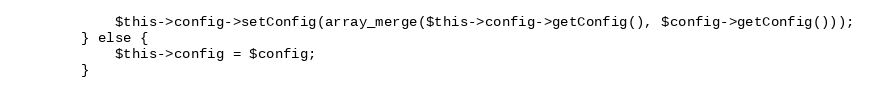
Language: PHP
            $this->config->setConfig(array_merge($this->config->getConfig(), $config->getConfig()));
        } else {
            $this->config = $config;
        }